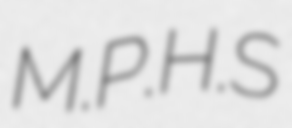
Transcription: M.P.H.S